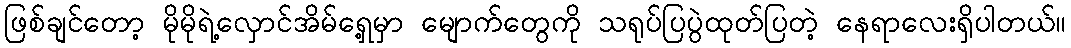
ဖြစ်ချင်တော့ မိုမိုရဲ့လှောင်အိမ်ရှေ့မှာ မျောက်တွေကို သရုပ်ပြပွဲထုတ်ပြတဲ့ နေရာလေးရှိပါတယ်။